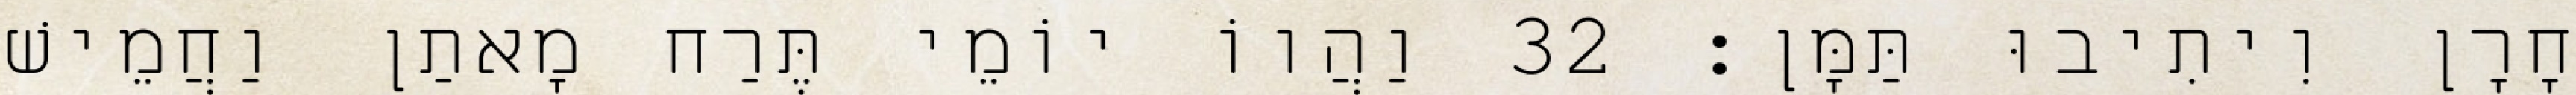
חָרָן וִיתִיבוּ תַּמָּן׃ 32 וַהֲווֹ יוֹמֵי תֶּרַח מָאתַן וַחֲמֵישׁ